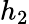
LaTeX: h_{2}